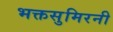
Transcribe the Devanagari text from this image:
भक्तसुमिरनी